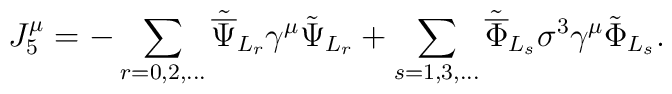
{J^\mu_5}= -\sum_{r=0,2,...}{\tilde{\overline\Psi}}_{L_r}\gamma^\mu\tilde\Psi_{L_r}+\sum_{s=1,3,...}{\tilde{\overline\Phi}}_{L_s}\sigma^3\gamma^\mu\tilde\Phi_{L_s}.